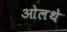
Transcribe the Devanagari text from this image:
ओलथे